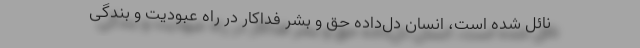
نائل شده است، انسان دل‌داده حق و بشر فداکار در راه عبودیت و بندگی